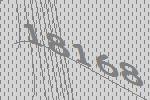
18168